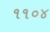
૧૧૦૪